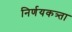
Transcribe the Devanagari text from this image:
निर्णयकत्र्ता